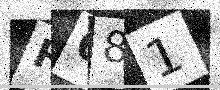
Text: HQ81